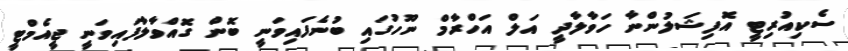
ސެކިއުރިޓީ އޮފިޝަލުންނާ ހަވާލާދީ އަލް އަހްރާމް ނޫހުގައި ބުނެފައިވަނީ ބޮން ގޮއްވާލާފައިވަނީ ޖީއެމްޓީ